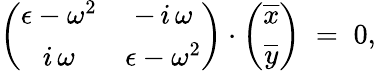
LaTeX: \left(\begin{array}{cc}{\epsilon-\omega^{2}}&{-\, i\, \omega}\\ {i\, \omega}&{\epsilon-\omega^{2}}\end{array}\right)\cdot\left(\begin{array}{c}{\overline{{x}}}\\ {\overline{{y}}}\end{array}\right)\; =\; 0,